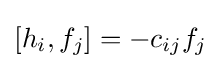
\left[h_{i},f_{j}\right]=-c_{ij}f_{j}